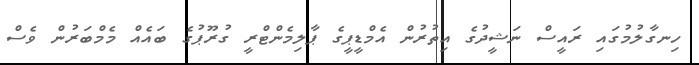
ހިނގާލުމުގައި ރައީސް ނަޝީދުގެ އިތުރުން އެމްޑީޕީގެ ޕާލިމެންޓްރީ ގުރޫޕުގެ ބައެއް މެމްބަރުން ވެސް